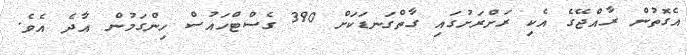
އެގޮތުން ރާއްޖޭގެ އެކި ރަށްރަށުގައި ގާތްގަނޑަކަށް 390 ގެސްޓްހައުސް ހިންގަމުން އާދެ އެވެ.